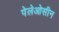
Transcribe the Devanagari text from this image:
पेलेओसीन